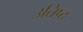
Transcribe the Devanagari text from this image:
उतिष्ठ